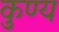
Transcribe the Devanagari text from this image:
कुण्य